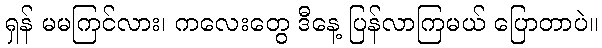
ရှန် မမကြင်လား၊ ကလေးတွေ ဒီနေ့ ပြန်လာကြမယ် ပြောတာပဲ။